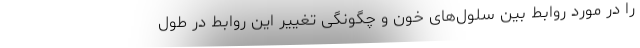
را در مورد روابط بین سلول‌های خون و چگونگی تغییر این روابط در طول